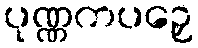
ပုဏ္ဏကပဉှေ